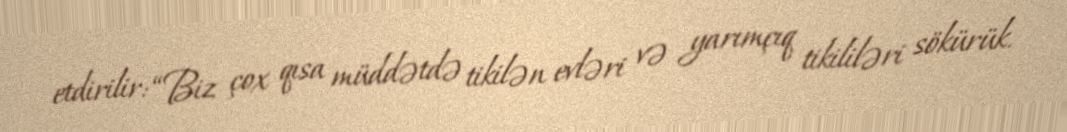
etdirilir: “Biz çox qısa müddətdə tikilən evləri və yarımçıq tikililəri sökürük.